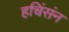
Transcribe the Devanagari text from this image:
हचिंसंन